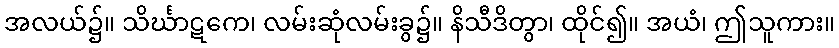
အလယ်၌။ သိင်္ဃာဋကေ၊ လမ်းဆုံလမ်းခွ၌။ နိသီဒိတွာ၊ ထိုင်၍။ အယံ၊ ဤသူကား။